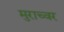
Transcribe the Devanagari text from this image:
मुराच्वर